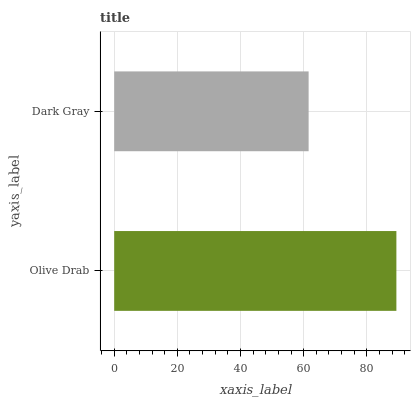
| yaxis_label | bars |
 | --- | --- |
 | Olive Drab | 89.4 |
 | Dark Gray | 61.6 |